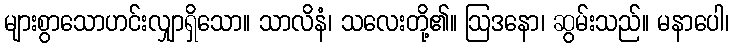
များစွာသောဟင်းလျှာရှိသော။ သာလိနံ၊ သလေးတို့၏။ ဩဒနော၊ ဆွမ်းသည်။ မနာပေါ၊